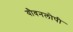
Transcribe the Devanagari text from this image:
यौवनलोपी